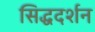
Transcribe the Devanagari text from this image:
सिद्धदर्शन